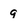
Character: 9